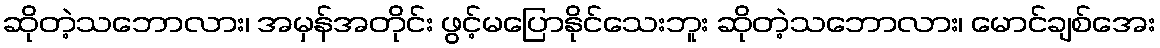
ဆိုတဲ့သဘောလား၊ အမှန်အတိုင်း ဖွင့်မပြောနိုင်သေးဘူး ဆိုတဲ့သဘောလား၊ မောင်ချစ်အေး